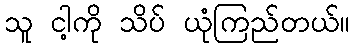
သူ ငါ့ကို သိပ် ယုံကြည်တယ်။